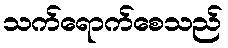
သက်ရောက်စေသည်